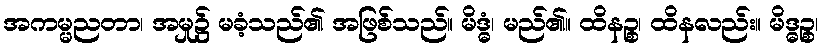
အကမ္မညတာ၊ အမှု၌ မခံ့သည်၏ အဖြစ်သည်။ မိဒ္ဓံ၊ မည်၏။ ထိနဉ္စ၊ ထိနလည်း။ မိဒ္ဓဉ္စ၊